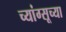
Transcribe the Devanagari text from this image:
च्यांग्सूच्या